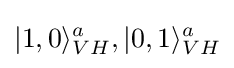
|1,0\rangle _{VH}^{a},|0,1\rangle _{VH}^{a}